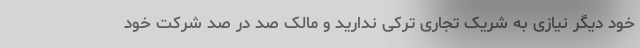
خود دیگر نیازی به شریک تجاری ترکی ندارید و مالک صد در صد شرکت خود